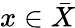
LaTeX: x\in{\bar{X}}